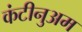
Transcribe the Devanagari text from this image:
कंटीनुअम